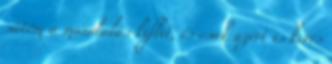
sütöm a mandulás kiflit, és csak azért is kevés